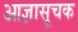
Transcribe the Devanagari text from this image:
आज्ञासूचक